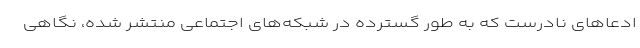
ادعاهای نادرست که به طور گسترده در شبکه‌های اجتماعی منتشر شده، نگاهی